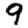
Digit: 9